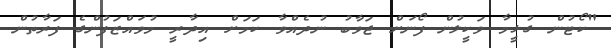
"ކޯޓުން ގުޅީމާ ވަކީލުން ފޯނަށް ޖަވާބު ނުދެއްވާ ކަމަށް އިދާރީ މުވައްޒަފުންގެ ފަރާތުން